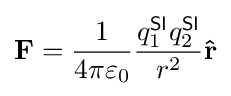
\mathbf {F} ={\frac {1}{4\pi \varepsilon _{0}}}{\frac {q_{1}^{\textsf {SI}}q_{2}^{\textsf {SI}}}{r^{2}}}\mathbf {\hat {r}}